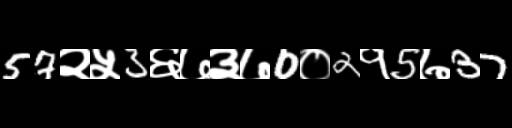
Text: 57२५3६७३७0०2१5७37